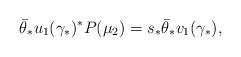
LaTeX: \begin{align*}\bar \theta_* u_1 (\gamma _* )^* P(\mu _2 ) = s_* \bar \theta_* v_1 (\gamma _* ),\end{align*}